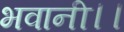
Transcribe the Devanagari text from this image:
भवानी।।